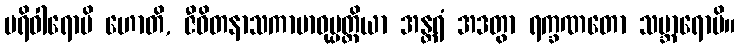
ပရိဝါရောပိ ဟောတိ, ဇီဝိတနာသကာဗာဓုပ္ပတ္တိယာ အန္တရံ အဒတွာ ရက္ခဏတော သမ္ဘာရောပိ။